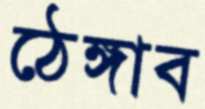
ঠেঙ্গাব